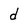
Character: d